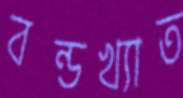
বন্ডখ্যাত